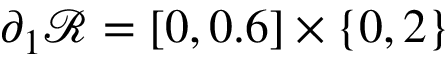
\partial _ { 1 } \mathscr { R } = [ 0 , 0 . 6 ] \times \{ 0 , 2 \}